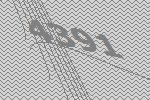
4391